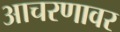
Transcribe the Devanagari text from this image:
आचरणावर